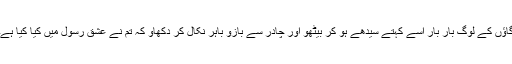
گاؤں کے لوگ بار بار اسے کہتے سیدھے ہو کر بیٹھو اور چادر سے بازو باہر نکال کر دکھاو کہ تم نے عشق رسول میں کیا کیا ہے۔